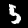
Digit: 5